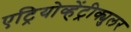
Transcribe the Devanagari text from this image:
एट्रियोव्हेंट्रीक्युलर